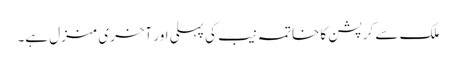
ملک سے کرپشن کا خاتمہ نیب کی پہلی اور آخری منزل ہے۔